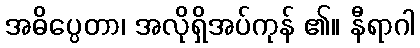
အဓိပ္ပေတာ၊ အလိုရှိအပ်ကုန် ၏။ နီရာဂါ